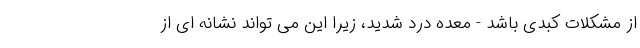
از مشکلات کبدی باشد - معده درد شدید، زیرا این می تواند نشانه ای از